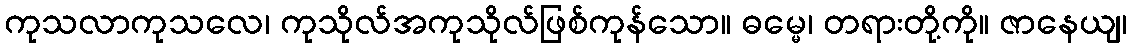
ကုသလာကုသလေ၊ ကုသိုလ်အကုသိုလ်ဖြစ်ကုန်သော။ ဓမ္မေ၊ တရားတို့ကို။ ဇာနေယျ၊